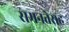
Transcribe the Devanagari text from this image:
समनतेसह